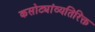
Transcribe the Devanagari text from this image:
कसोट्यांव्यतिरिक्त